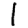
Digit: 1